King Institute of Preventive Medicine Bacteriolog. Section reports 1907-08
Year: 1907
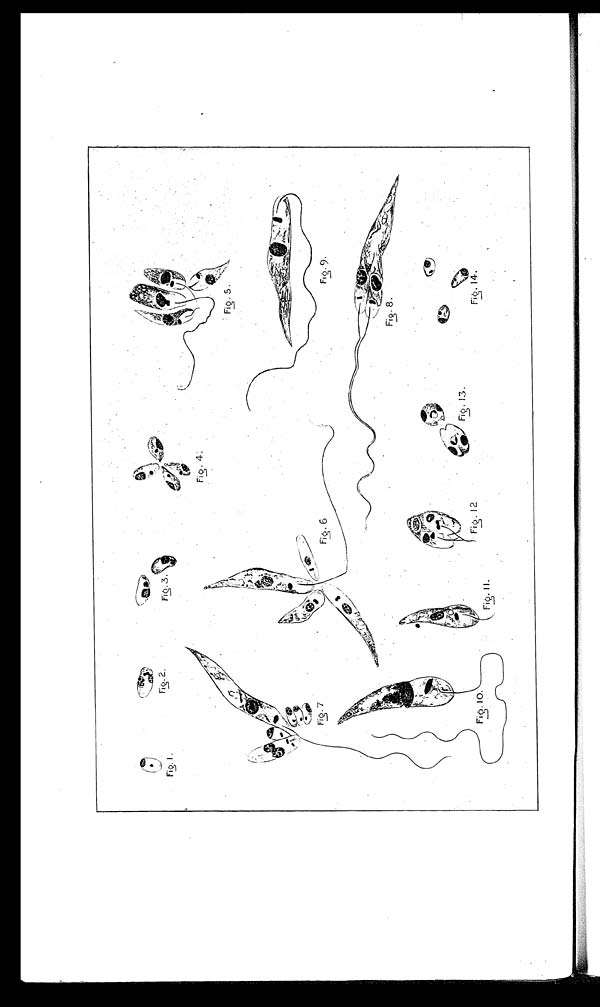
•
z.•`
--------
. .